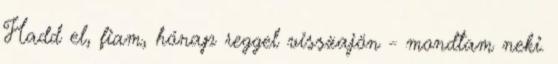
Hadd el, fiam, hónap reggel visszajön - mondtam neki.